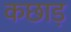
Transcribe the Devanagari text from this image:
कछाड़